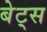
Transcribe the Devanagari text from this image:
बेट्‌स